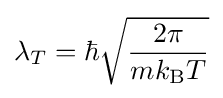
\lambda _{T}=\hbar {\sqrt {\frac {2\pi }{mk_{\text{B}}T}}}